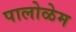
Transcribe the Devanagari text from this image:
पालोळेम